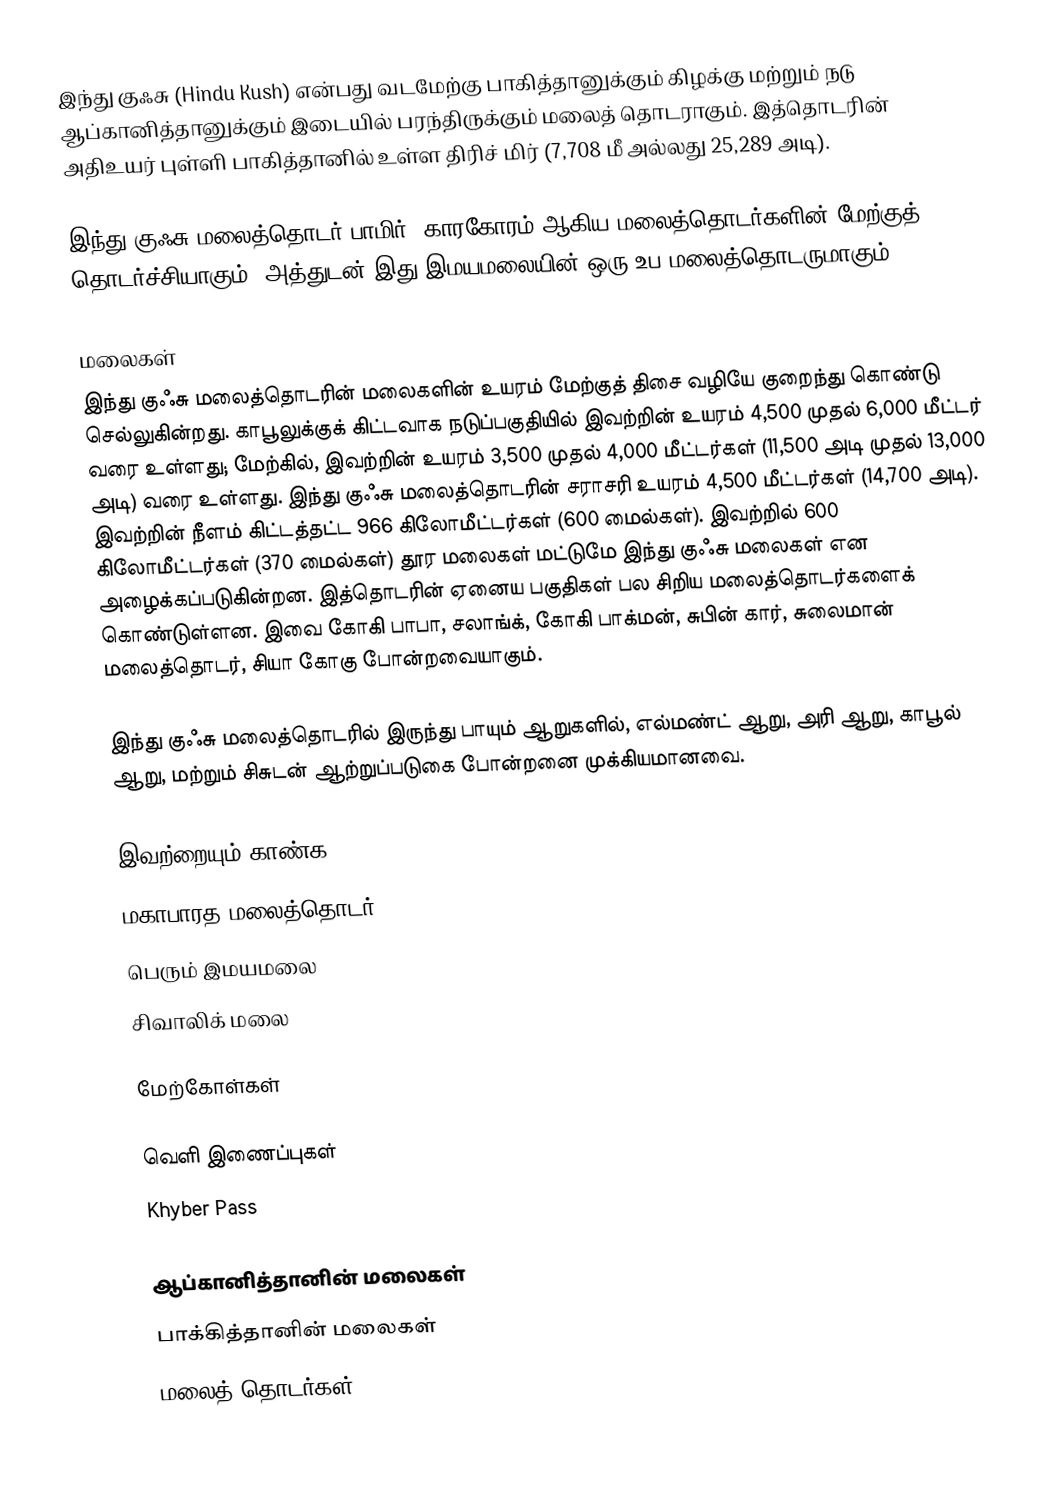
இந்து குஃசு (Hindu Kush) என்பது வடமேற்கு பாகித்தானுக்கும் கிழக்கு மற்றும் நடு ஆப்கானித்தானுக்கும் இடையில் பரந்திருக்கும் மலைத் தொடராகும். இத்தொடரின் அதிஉயர் புள்ளி பாகித்தானில் உள்ள திரிச் மிர் (7,708 மீ அல்லது 25,289 அடி).

இந்து குஃசு மலைத்தொடர் பாமிர், காரகோரம் ஆகிய மலைத்தொடர்களின் மேற்குத் தொடர்ச்சியாகும். அத்துடன் இது இமயமலையின் ஒரு உப மலைத்தொடருமாகும்.

மலைகள்
இந்து குஃசு மலைத்தொடரின் மலைகளின் உயரம் மேற்குத் திசை வழியே குறைந்து கொண்டு செல்லுகின்றது. காபூலுக்குக் கிட்டவாக நடுப்பகுதியில் இவற்றின் உயரம் 4,500 முதல் 6,000 மீட்டர் வரை உள்ளது; மேற்கில், இவற்றின் உயரம் 3,500 முதல் 4,000 மீட்டர்கள் (11,500 அடி முதல் 13,000 அடி) வரை உள்ளது. இந்து குஃசு மலைத்தொடரின் சராசரி உயரம் 4,500 மீட்டர்கள் (14,700 அடி). இவற்றின் நீளம் கிட்டத்தட்ட 966 கிலோமீட்டர்கள் (600 மைல்கள்). இவற்றில் 600 கிலோமீட்டர்கள் (370 மைல்கள்) தூர மலைகள் மட்டுமே இந்து குஃசு மலைகள் என அழைக்கப்படுகின்றன. இத்தொடரின் ஏனைய பகுதிகள் பல சிறிய மலைத்தொடர்களைக் கொண்டுள்ளன. இவை கோகி பாபா, சலாங்க், கோகி பாக்மன், சுபின் கார், சுலைமான் மலைத்தொடர், சியா கோகு போன்றவையாகும்.

இந்து குஃசு மலைத்தொடரில் இருந்து பாயும் ஆறுகளில், எல்மண்ட் ஆறு, அரி ஆறு, காபூல் ஆறு, மற்றும் சிசுடன் ஆற்றுப்படுகை போன்றனை முக்கியமானவை.

இவற்றையும் காண்க
 மகாபாரத மலைத்தொடர்
 பெரும் இமயமலை
 சிவாலிக் மலை

மேற்கோள்கள்

வெளி இணைப்புகள்
 Khyber Pass

ஆப்கானித்தானின் மலைகள்
பாக்கித்தானின் மலைகள்
மலைத் தொடர்கள்